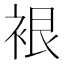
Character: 裉